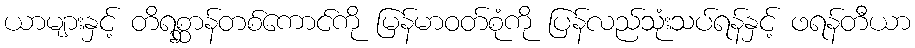
ယာများနှင့် တိရစ္ဆာန်တစ်ကောင်ကို မြန်မာဝတ်စုံကို ပြန်လည်သုံးသပ်ရန်နှင့် ဖရန်တီယာ